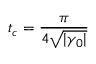
t _ { c } = \frac { \pi } { 4 \sqrt { | \gamma _ { 0 } | } }